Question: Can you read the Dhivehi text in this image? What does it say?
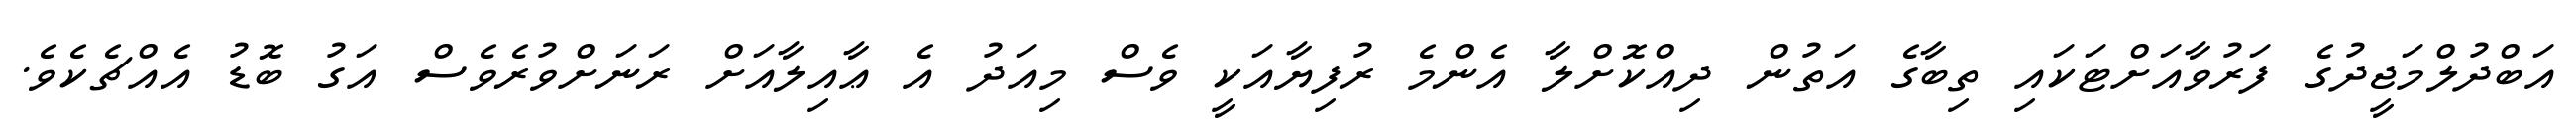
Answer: އަބްދުލްމަޖީދުގެ ފަރުވާއަށްޓަކައި ތިބާގެ އަތުން ދިއްކޮށްލާ އެންމެ ރުފިޔާއަކީ ވެސް މިއަދު އެ ޢާއިލާއަށް ރަނަށްވުރެވެސް އަގު ބޮޑު އެއްޗެކެވެ.